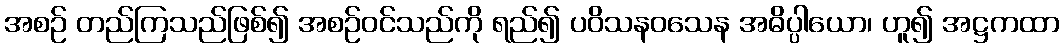
အစဉ် တည်ကြသည်ဖြစ်၍ အစဉ်ဝင်သည်ကို ရည်၍ ပဝိသနဝသေန အဓိပ္ပါယော၊ ဟူ၍ အဋ္ဌကထာ